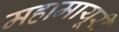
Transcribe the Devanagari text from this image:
महामायूरी